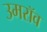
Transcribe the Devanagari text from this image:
उमरॉव